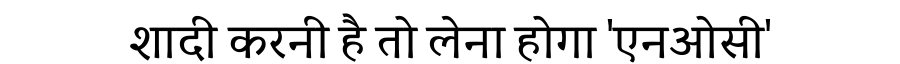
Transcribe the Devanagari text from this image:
शादी करनी है तो लेना होगा 'एनओसी'